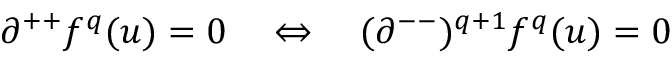
\partial ^ { + + } f ^ { q } ( u ) = 0 \quad \Leftrightarrow \quad ( \partial ^ { -- } ) ^ { q + 1 } f ^ { q } ( u ) = 0